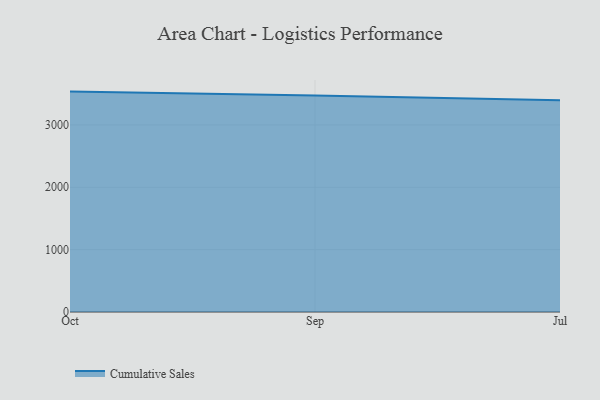
{"axis": {"x": "Month", "y": "Market Share (%)"}, "legend": ["Cumulative Sales"], "data": [{"x": "Oct", "y": 3534.7, "type": "Cumulative Sales"}, {"x": "Sep", "y": 3472.6, "type": "Cumulative Sales"}, {"x": "Jul", "y": 3394.2, "type": "Cumulative Sales"}]}